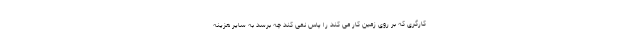
کارگری که بر روی زمین کار می کند را پاس نمی کند چه برسد به سایر هزینه